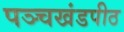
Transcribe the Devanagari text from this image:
पञ्चखंडपीठ